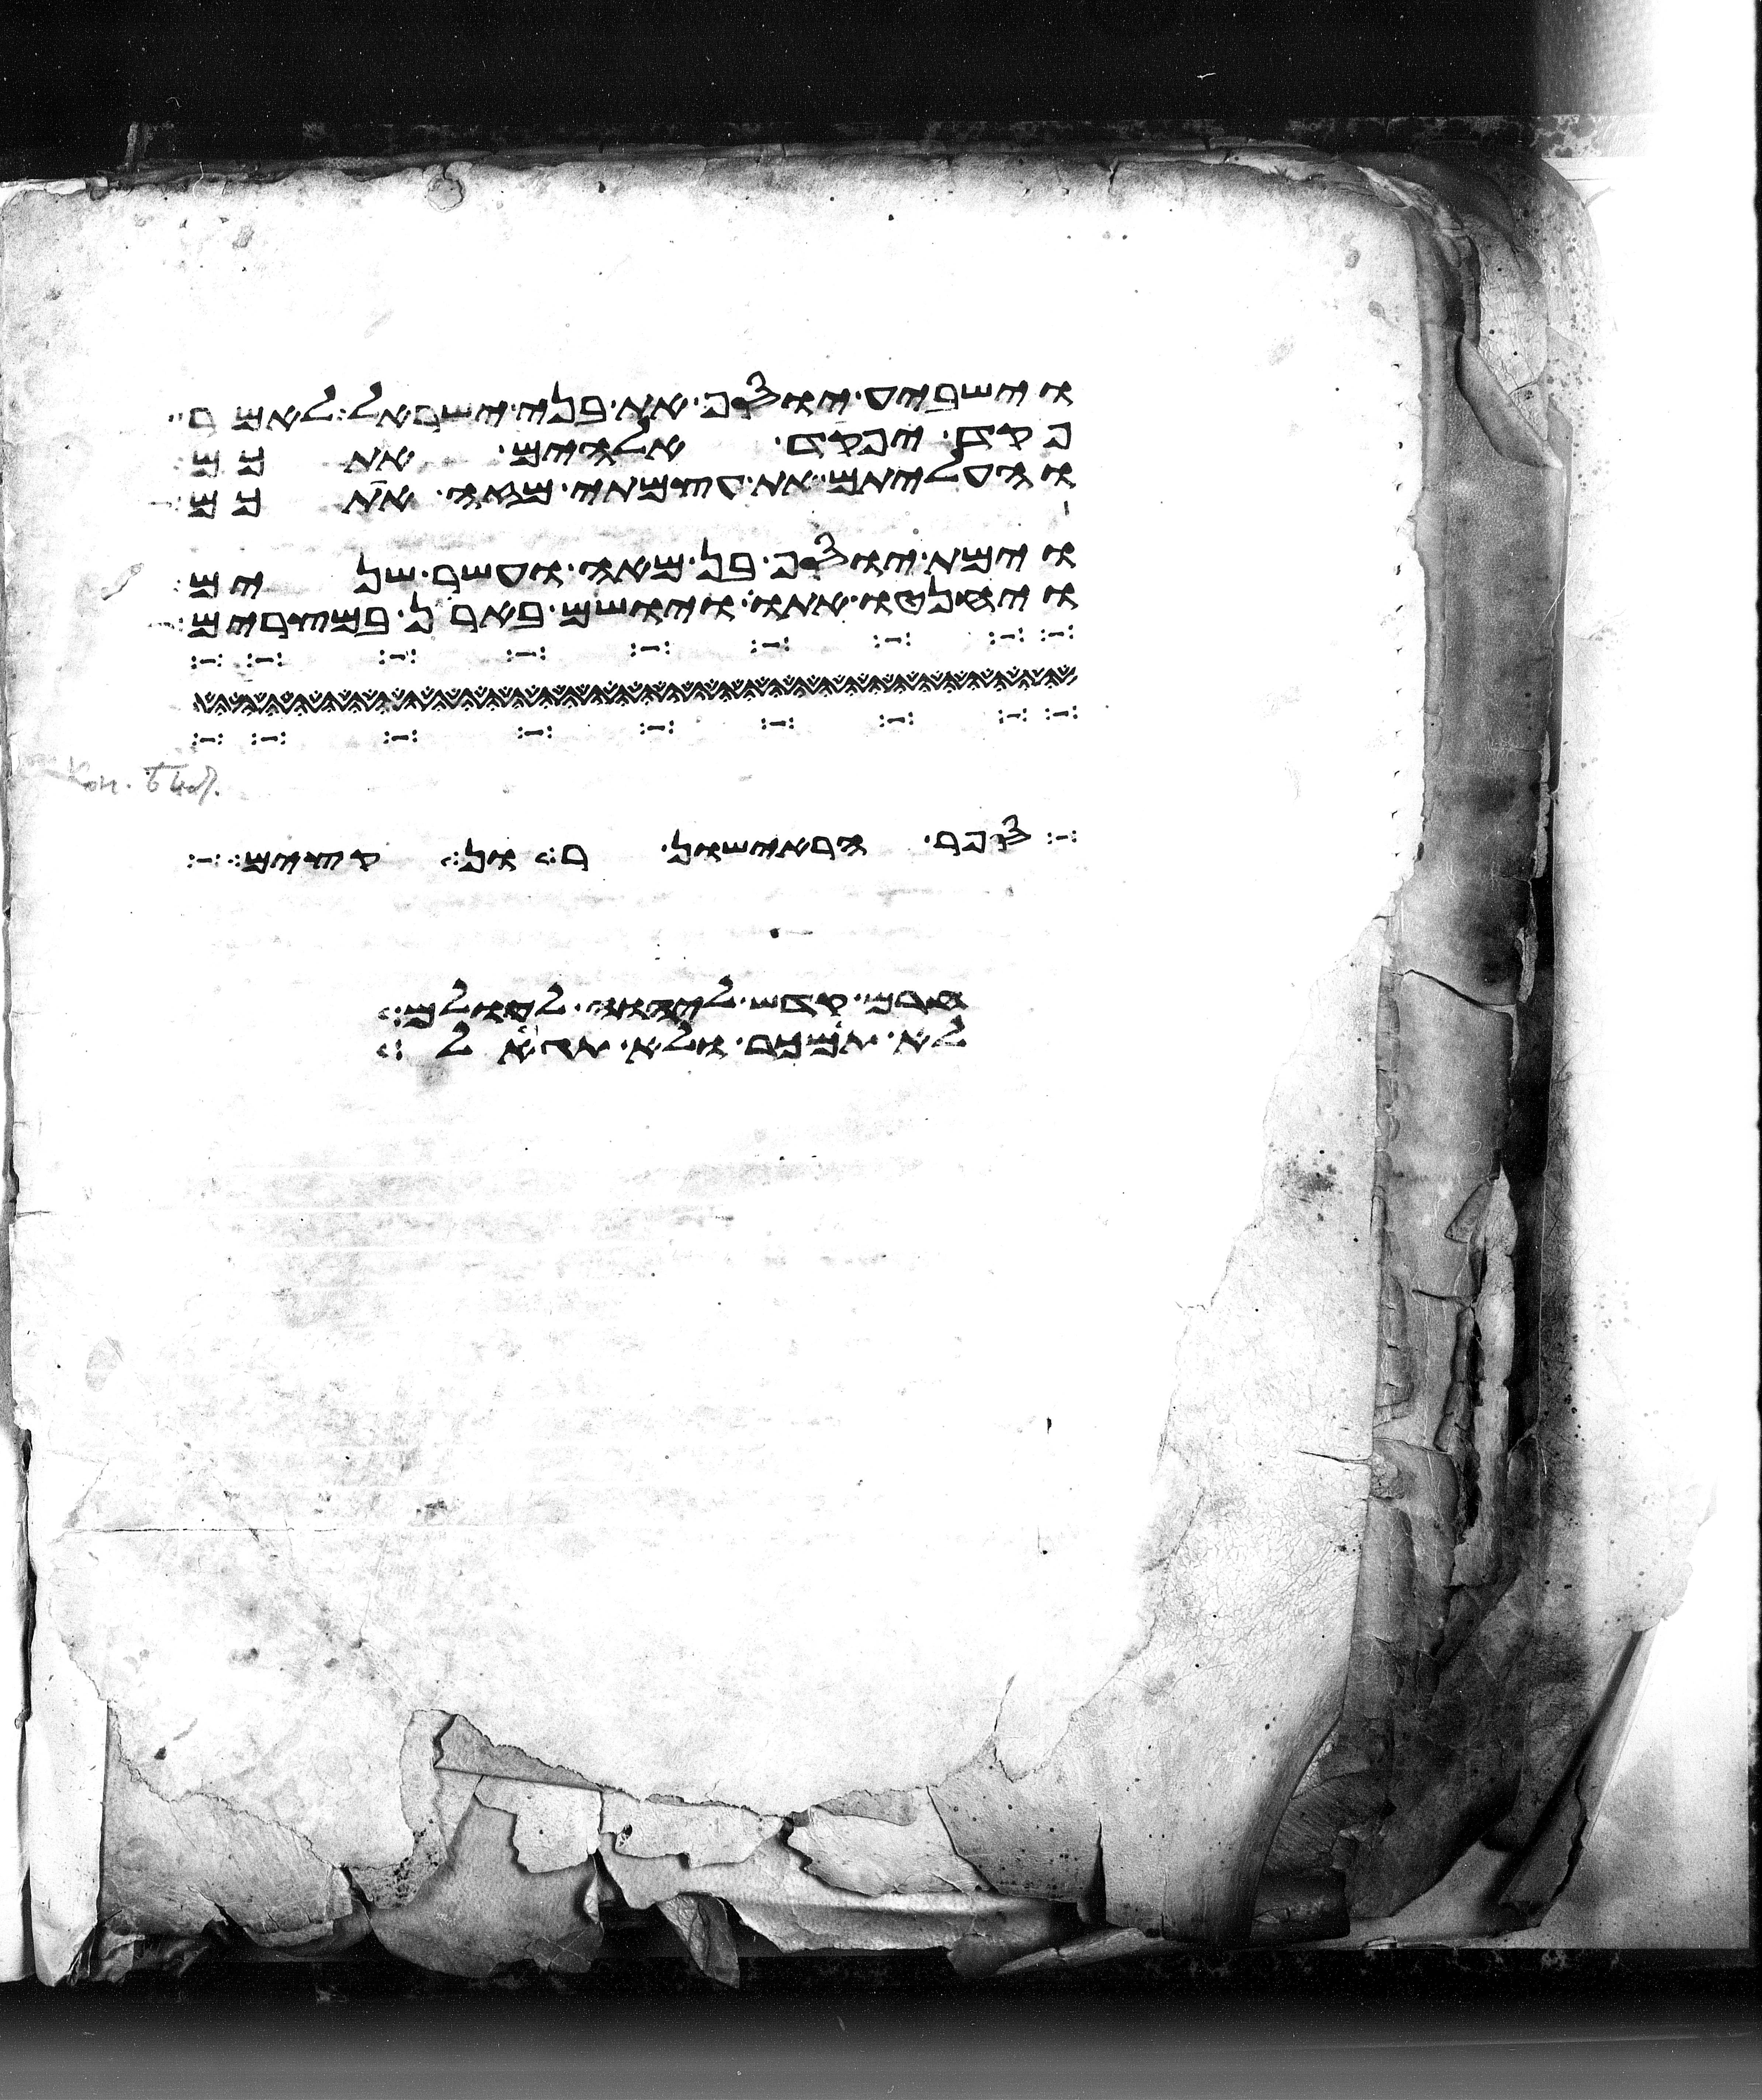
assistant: וישביע יוסף את בני ישראל לאמר
פקד יפקד אלהים אתכם
והעליתם את עצמתי מזה אתכם
וימת יוסף בן מאה ועשר שנים
ויחנטו אתו ויושם בארן במצרים
הראישון ועד יום
קדש ליהוה ואם
לא ימכר ולא יגאל